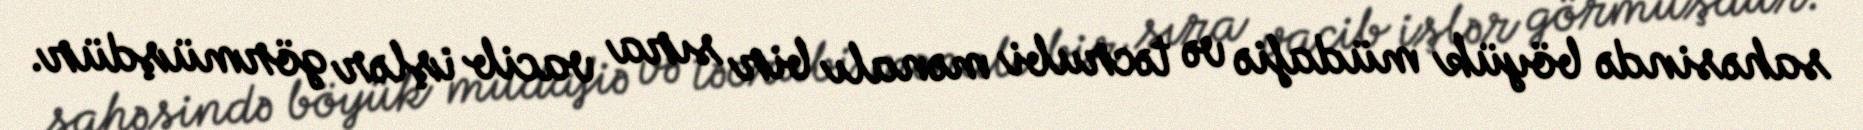
sahəsində böyük müdafiə və təcrubi mənalı bir sıra vacib işlər görmüşdür.